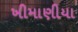
ખીમાણીયા